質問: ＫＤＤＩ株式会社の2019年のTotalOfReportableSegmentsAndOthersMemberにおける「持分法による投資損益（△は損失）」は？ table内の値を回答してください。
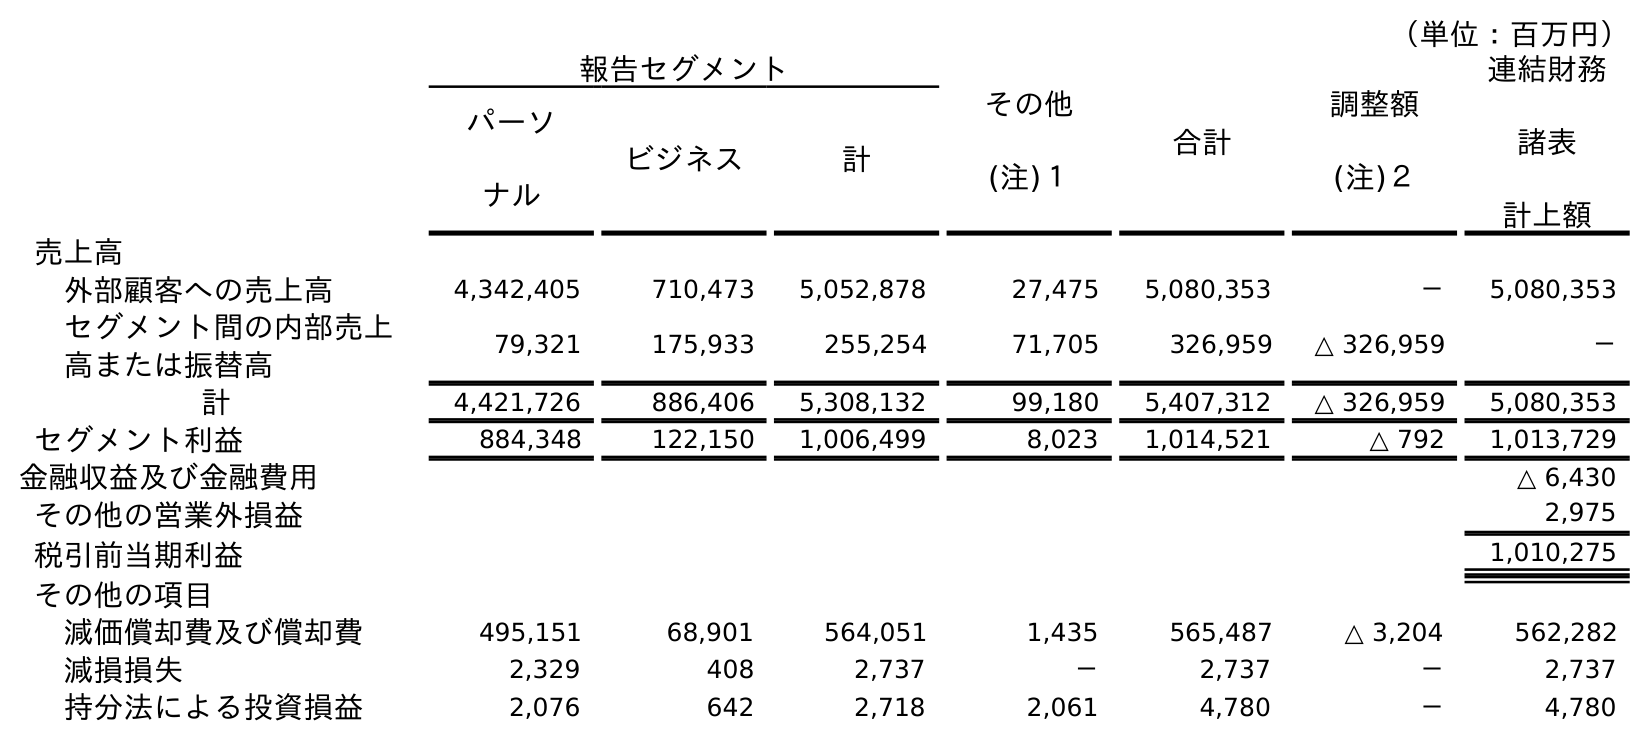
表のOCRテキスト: （単位：百万円） 報告セグメント その他 (注)１ 合計 調整額 (注)２ 連結財務 諸表 計上額 パーソ ナル ビジネス 計 売上高 外部顧客への売上高 4,342,405 710,473 5,052,878 27,475 5,080,353 － 5,080,353 セグメント間の内部売上 高または振替高 79,321 175,933 255,254 71,705 326,959 △ 326,959 － 計 4,421,726 886,406 5,308,132 99,180 5,407,312 △ 326,959 5,080,353 セグメント利益 884,348 122,150 1,006,499 8,023 1,014,521 △ 792 1,013,729 金融収益及び金融費用 △ 6,430 その他の営業外損益 2,975 税引前当期利益 1,010,275 その他の項目 減価償却費及び償却費 495,151 68,901 564,051 1,435 565,487 △ 3,204 562,282 減損損失 2,329 408 2,737 － 2,737 － 2,737 持分法による投資損益 2,076 642 2,718 2,061 4,780 － 4,780
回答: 4,780